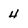
Character: 4